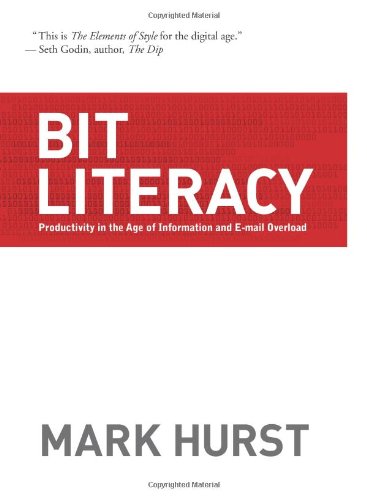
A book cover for Bit Literacy: Productivity in the Age of Information and E-mail Overload; Mark Hurst; Computers & Technology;